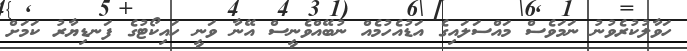
ހަވާލުކުރެވުނު ނަމަވެސް މައްސަލައިގެ އަޑުއެހުމެއް ނުބޭއްވެނީސް އޭނާ ވަނީ ހައިކޯޓުގެ ފަނޑިޔާރު ކަމަށް